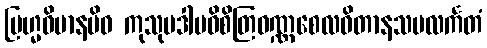
ဗြဟ္မဝိမာနမိဝ ကုသုမဒါမဝိစိတြဝဏ္ဏစေလဝိတာနသမလင်္ကတံ